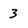
Character: 3